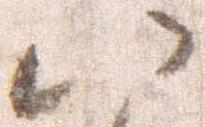
八